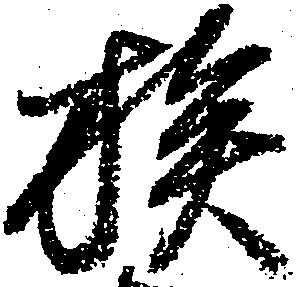
族